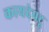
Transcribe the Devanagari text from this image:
कायदेपटू